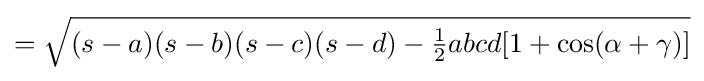
={\sqrt {(s-a)(s-b)(s-c)(s-d)-{\tfrac {1}{2}}abcd[1+\cos(\alpha +\gamma )]}}